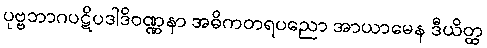
ပုဗ္ဗဘာဂပဋိပဒါဒိဝဏ္ဏနာ အဓိကတရပညော အာယာမေန ဒီယိတ္ထ